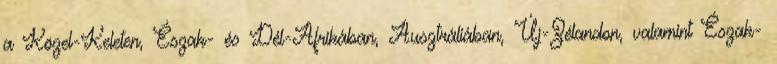
a Közel-Keleten, Észak- és Dél-Afrikában, Ausztráliában, Új-Zélandon, valamint Észak-